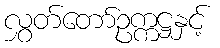
လွှတ်တော်ဥက္ကဋ္ဌနှင့်